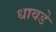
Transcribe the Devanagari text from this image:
धावडे